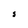
Character: S